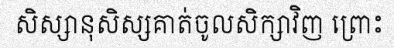
សិស្សានុសិស្សគាត់ចូលសិក្សាវិញ ព្រោះ